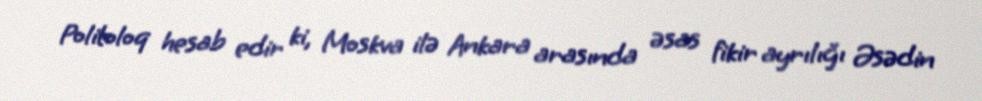
Politoloq hesab edir ki, Moskva ilə Ankara arasında əsas fikir ayrılığı Əsədin